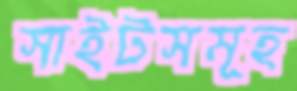
সাইটসমূহ